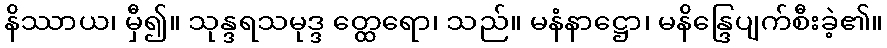
နိဿာယ၊ မှီ၍။ သုန္ဒရသမုဒ္ဒ တ္ထေရော၊ သည်။ မနံနာဋ္ဌော၊ မနိန္ဒြေပျက်စီးခဲ့၏။